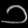
Digit: ၁